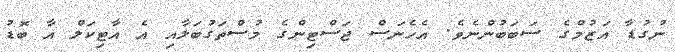
ނުގުޑާ އަޒުމްގެ ސަބަބުންނެވެ. އެހެނަސް ޖަސްޓިންގެ މުސްތަގުބަލާއި އެ އާޓިކަލް އާ ބޮޑު